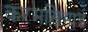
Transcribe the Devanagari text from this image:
करमसिभाई